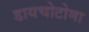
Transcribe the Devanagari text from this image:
डायचोटोमा